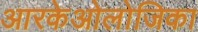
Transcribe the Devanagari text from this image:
आरकेओलोजिका